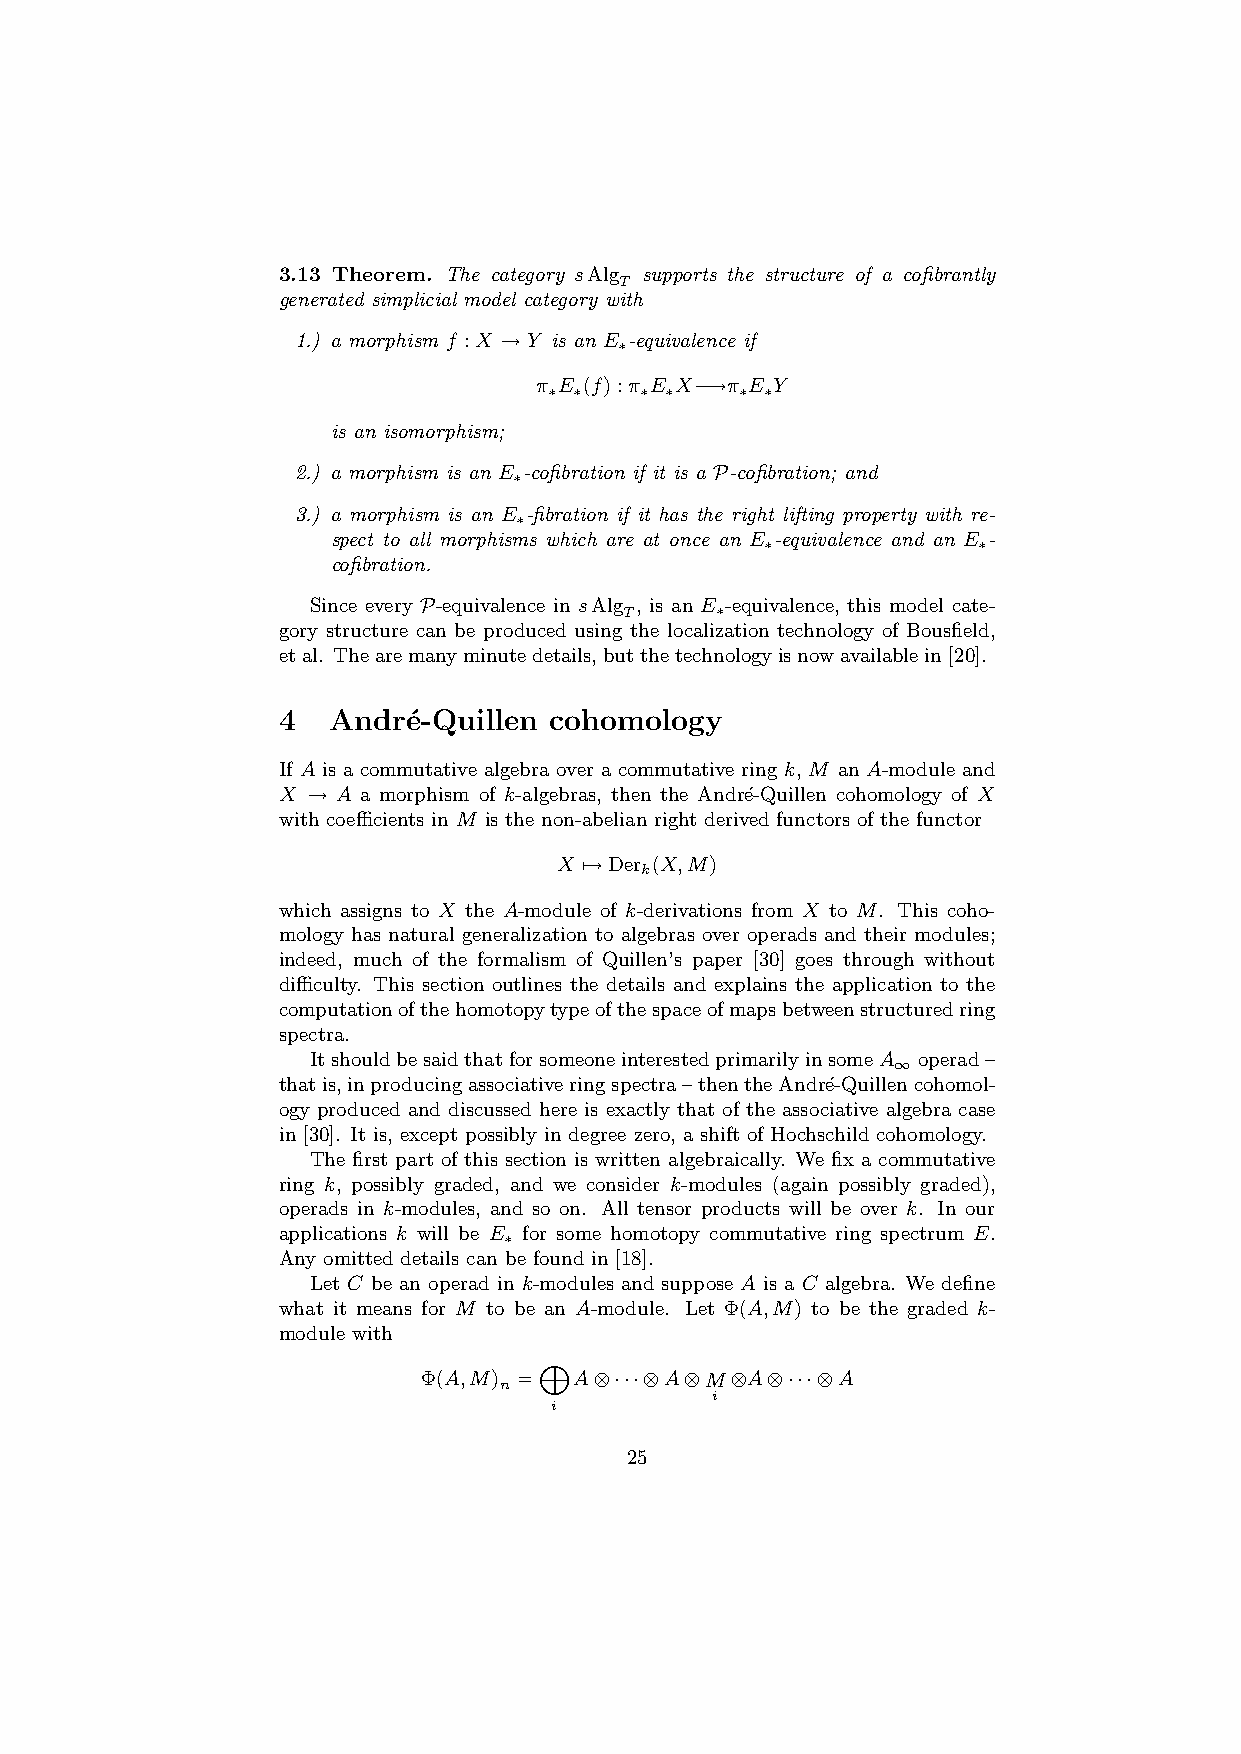
3.13 Theorem. The category sAlg supports the structure of a cofibrantly
 T
 generated simplicial model category with
 1.) a morphism f :X →Y is an E -equivalence if
 ∗
 π E (f):π E X−→π E Y
 ∗ ∗   ∗ ∗    ∗ ∗
 is an isomorphism;
 2.) a morphism is an E -cofibration if it is a P-cofibration; and
 ∗
 3.) a morphism is an E -fibration if it has the right lifting property with re-
 ∗
 spect to all morphisms which are at once an E -equivalence and an E -
 ∗             ∗
 cofibration.
 Since every P-equivalence in sAlg , is an E -equivalence, this model cate-
 T     ∗
 gory structure can be produced using the localization technology of Bousfield,
 etal. Thearemanyminutedetails,butthetechnologyisnowavailablein[20].
 4   Andr´e-Quillen cohomology
 If A is a commutative algebra over a commutative ring k, M an A-module and
 X → A a morphism of k-algebras, then the Andr´e-Quillen cohomology of X
 with coefficients in M is the non-abelian right derived functors of the functor
 X 7→Der (X,M)
 k
 which assigns to X the A-module of k-derivations from X to M. This coho-
 mology has natural generalization to algebras over operads and their modules;
 indeed, much of the formalism of Quillen’s paper [30] goes through without
 difficulty. This section outlines the details and explains the application to the
 computationofthehomotopytypeofthespaceofmapsbetweenstructuredring
 spectra.
 ItshouldbesaidthatforsomeoneinterestedprimarilyinsomeA operad–
 ∞
 thatis,inproducingassociativeringspectra–thentheAndr´e-Quillencohomol-
 ogy produced and discussed here is exactly that of the associative algebra case
 in [30]. It is, except possibly in degree zero, a shift of Hochschild cohomology.
 The first part of this section is written algebraically. We fix a commutative
 ring k, possibly graded, and we consider k-modules (again possibly graded),
 operads in k-modules, and so on. All tensor products will be over k. In our
 applications k will be E for some homotopy commutative ring spectrum E.
 ∗
 Any omitted details can be found in [18].
 Let C be an operad in k-modules and suppose A is a C algebra. We define
 what it means for M to be an A-module. Let Φ(A,M) to be the graded k-
 module with
 M
 Φ(A,M)
 n
 =   A⊗···⊗A⊗M⊗A⊗···⊗A
 i
 i
 25